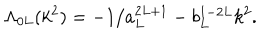
\Lambda _ { 0 L } ( k ^ { 2 } ) = - 1 / a _ { L } ^ { 2 L + 1 } - b _ { L } ^ { 1 - 2 L } k ^ { 2 } .